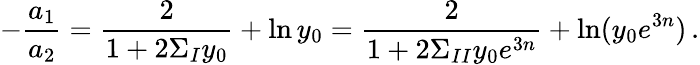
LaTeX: -{\frac{a_{1}}{a_{2}}}={\frac{2}{1+2\Sigma_{I}y_{0}}}+\ln y_{0}={\frac{2}{1+2\Sigma_{II}y_{0}e^{3n}}}+\ln(y_{0}e^{3n})\, .